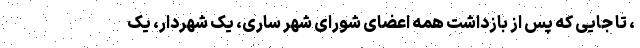
، تا جایی که پس از بازداشت همه اعضای شورای شهر ساری، یک شهردار، یک